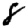
Digit: 8